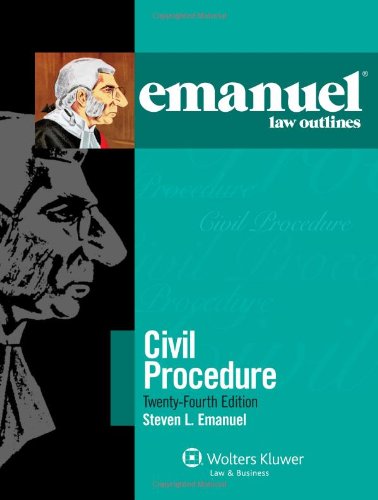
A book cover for Emanuel Law Outlines: Civil Procedure, 24th Edition; Steven L. Emanuel; Law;